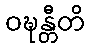
ဝဍ္ဎန္တီတိ